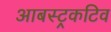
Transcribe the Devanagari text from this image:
आबस्ट्रकटिव